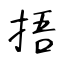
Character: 捂